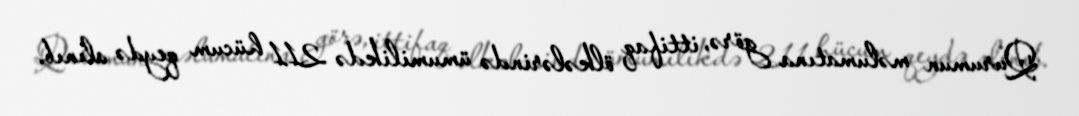
Qurumun məlumatına görə, ittifaq ölkələrində ümumilikdə 211 hücum qeydə alınıb.